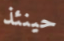
حينئذ